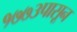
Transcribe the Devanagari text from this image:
१७७३पासून